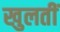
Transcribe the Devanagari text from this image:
खुलतीं